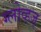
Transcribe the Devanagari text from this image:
ग्लोव्हज्